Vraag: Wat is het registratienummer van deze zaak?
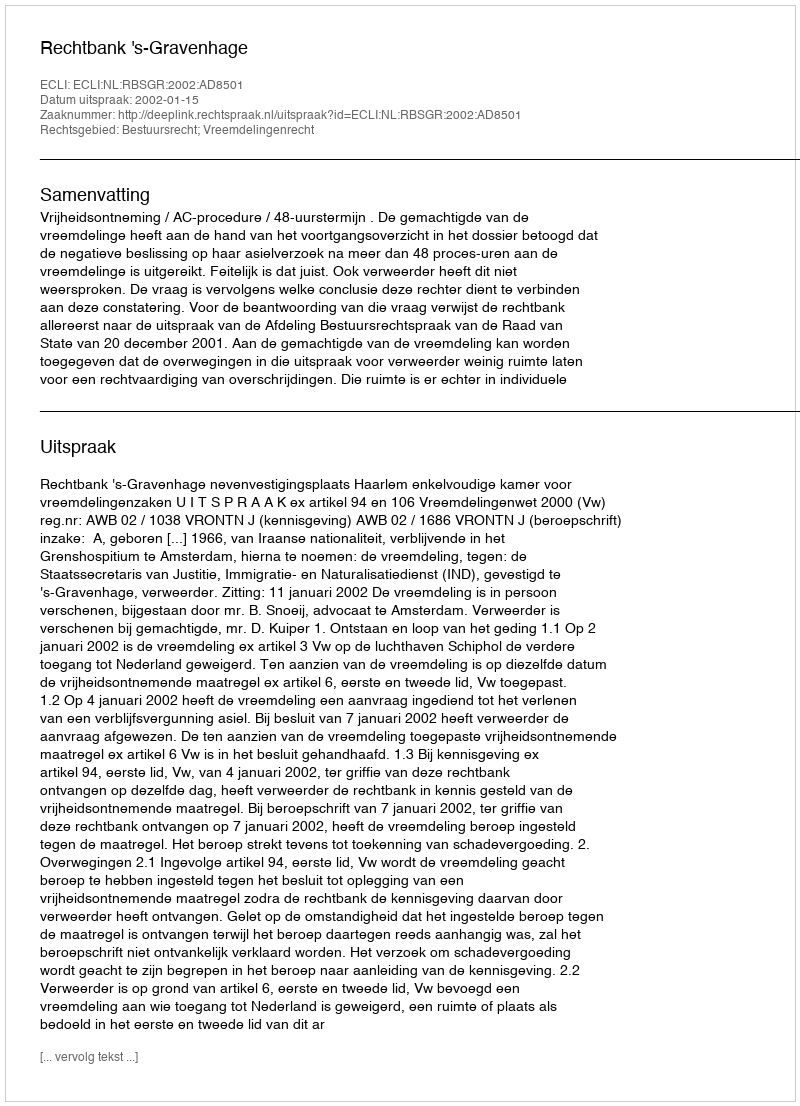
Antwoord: http://deeplink.rechtspraak.nl/uitspraak?id=ECLI:NL:RBSGR:2002:AD8501